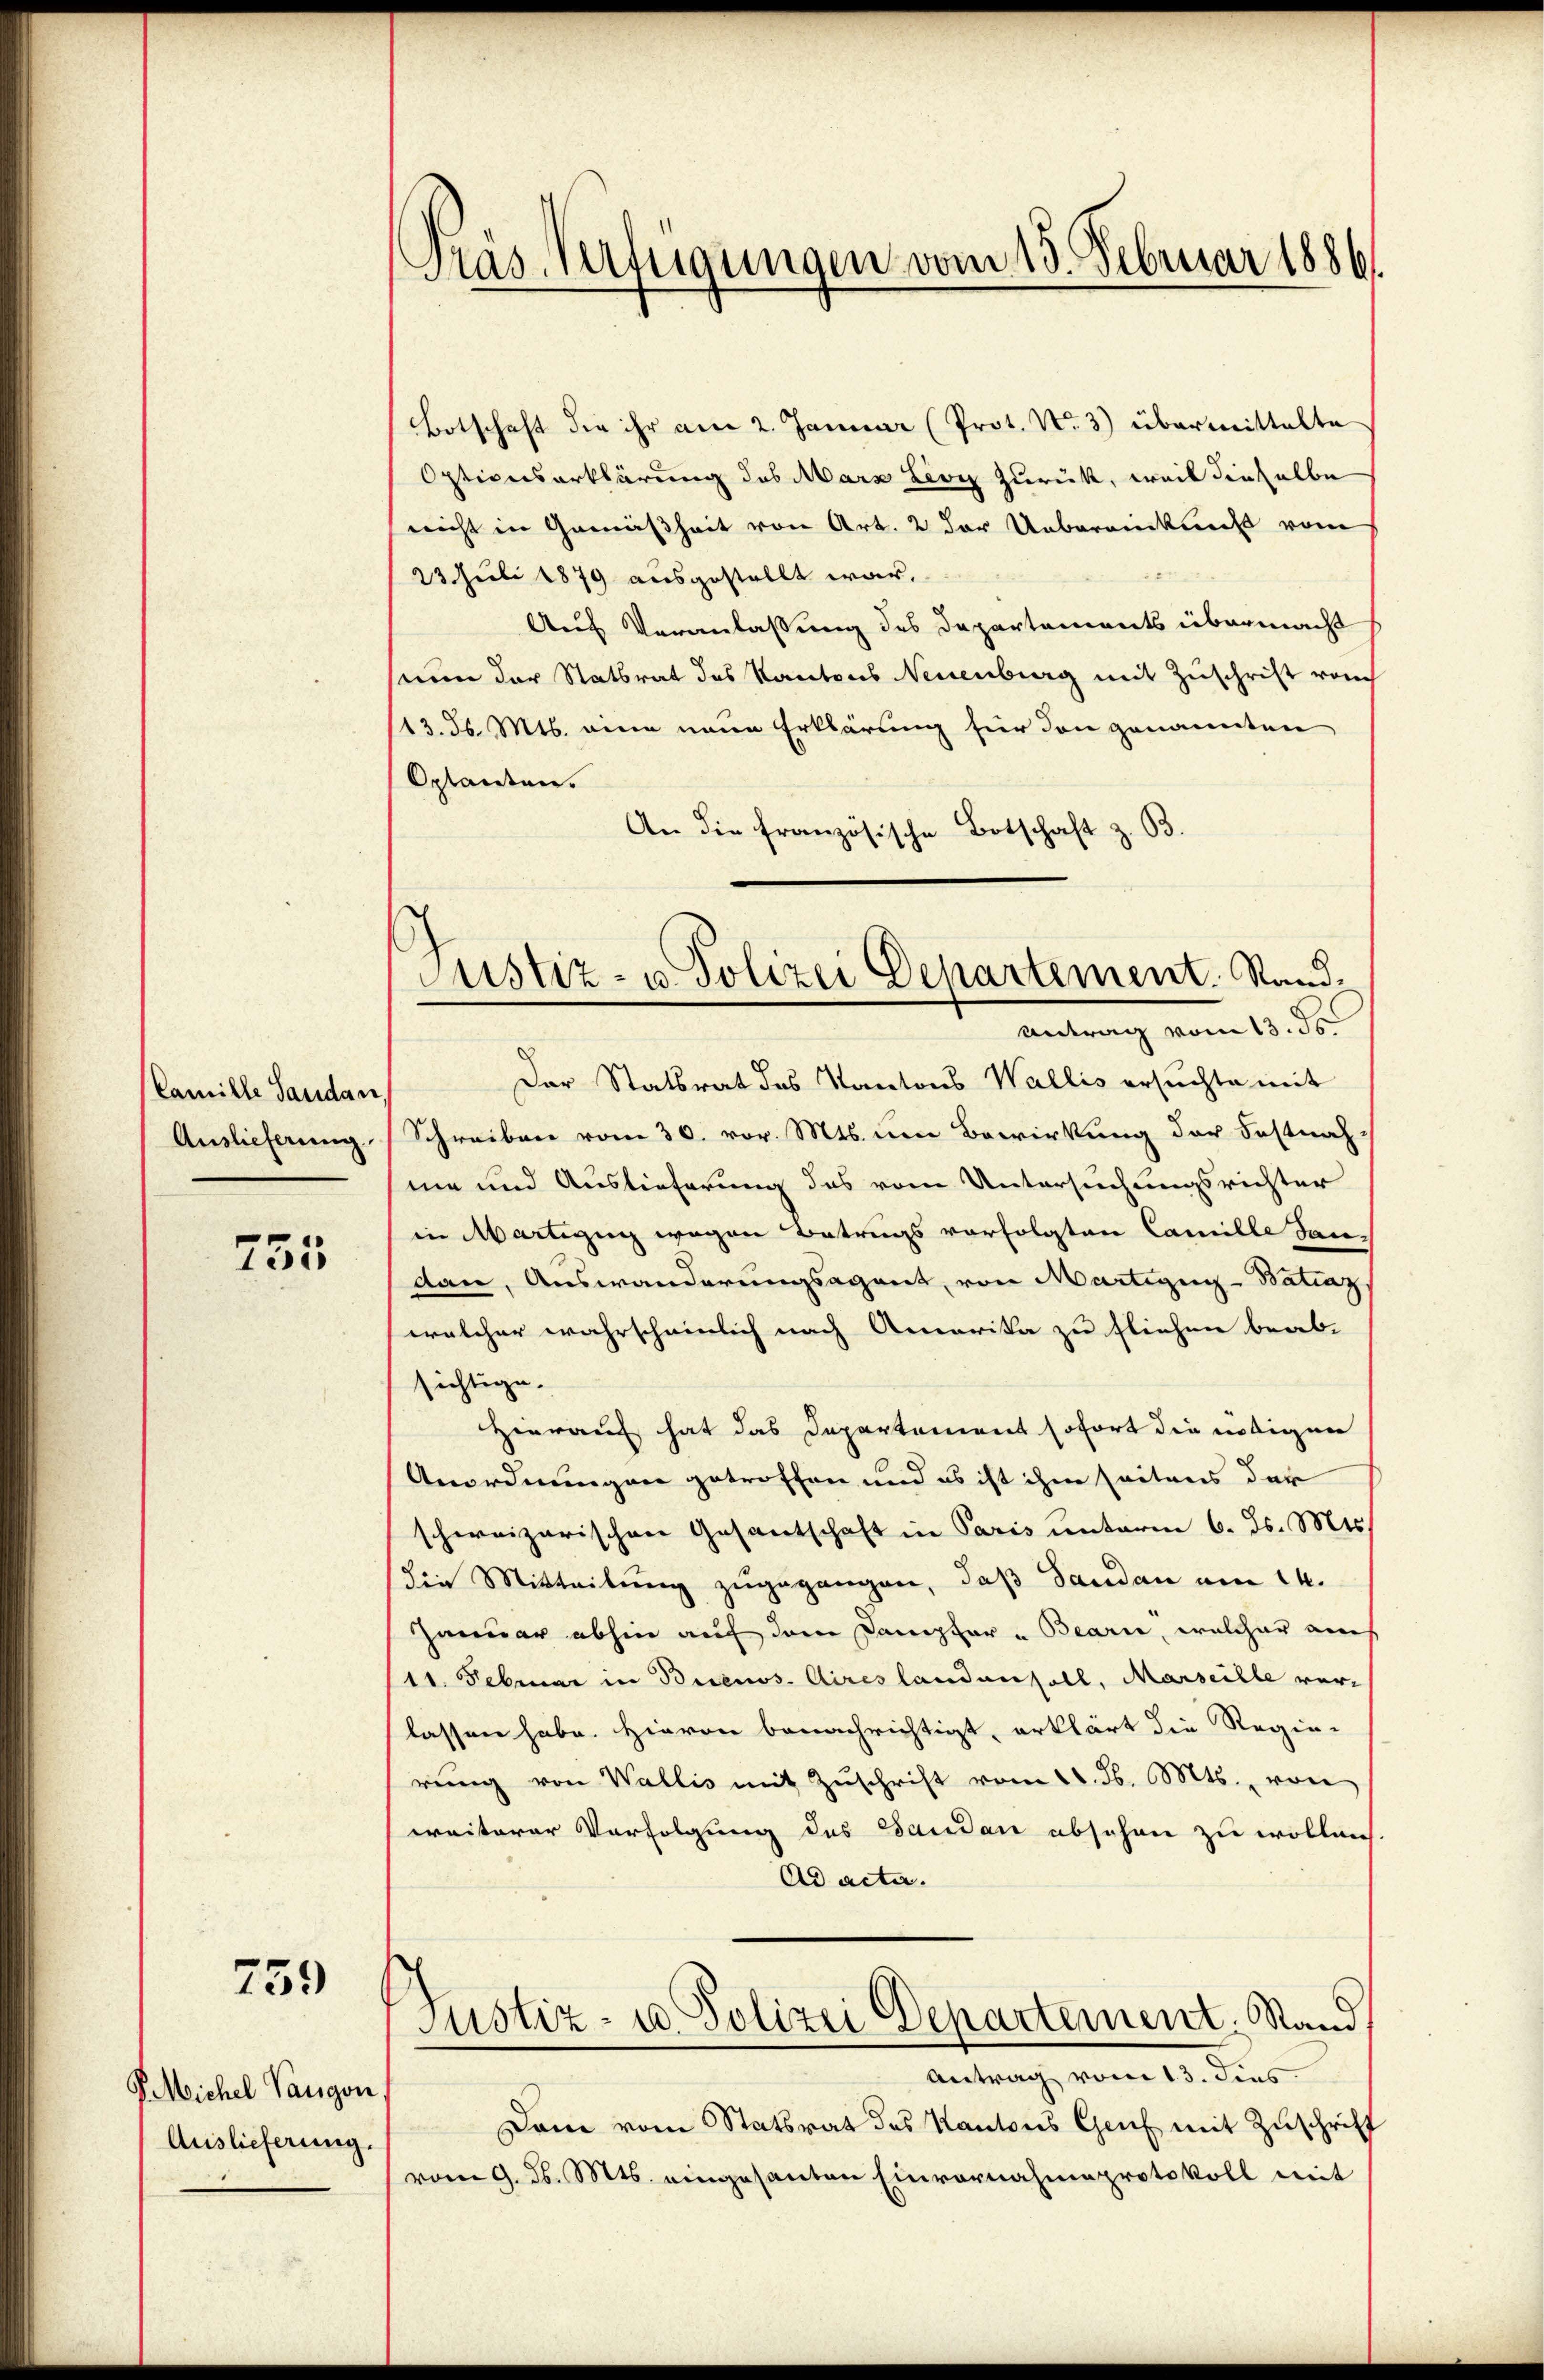
Camille Sandan,
Auslieferung

755

759

P. Michel Vangon
Auslieferung.

Präs. Verfügungen vom 13. Februar 1886.

Botschaft die ihr am 2. Januar (Prot. N. 3) übermittelte
Optionserklärung des Marx Lioy zurück, weil dieselbe
nicht in Gemäßheit von Art. 2 der Uebereinkunft vom
23. Juli 1879 ausgestellt war,
Aus Veranlassung des Departements übermacht
sinn der Statsrat des Kantons Neuenburg mit Zuschrift vom
113. d. Mts. eine neue Erklärung für den genannten
Oplanten.
An die Französische Botschaft z. B.
Der Statsrat des Kantons Wallis ersuchte mit
Schreiben vom 30. vor. Mts. um Bewirkung der Fastnah
me und Auslieferung des vom Untersuchungsrichter
in Martizug wegen Betrugs vorfolgten Camille dandan, Auswanderungsagant, von Martigun-Batiaz
welcher wahrscheinlich nach Amerika zu fliehen beab-
sichtige.
Hierauf hat das Departement sofort die nötigen
Anordnungen getroffen und es ist ihm seitens der
schweizerischen Gesantschaft in Paris unterm 6. ds. Mts.
die Mitteilung zugegangen, daß Sandau am 14.
Januar abhin auf dem Dampfer u Bearie, welcher auch
(11. Februar in Buenos Aires landen soll, Marseille verlassen habe. Hievon benachrichtigt, erklärt die Regie-
rŭng von Wallis mit Zŭschrift vom 11. d. Mts., von
weiterer Verfolgung des Sandan abschen zu wollen
Ad acta.
Justiz- u. Polizei Departement. Stand
Antrag vom 13. dies
Dam vom Statsrat des Kantons Genf mit Zuschrift
vom 9. d. Mts. eingesanten Einvernahmeprotokoll mit

¬
Justiz- u. Polizei Departement. Stand.
Antrag vom 13. ds.